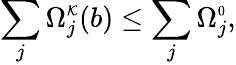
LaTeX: \sum_{j}\Omega_{j}^{\scriptscriptstyle\mathcal{K}}(b)\leq\sum_{j}\Omega_{j}^{\scriptscriptstyle0},